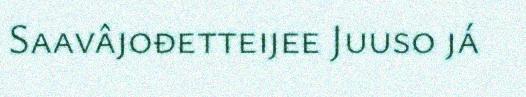
Saavâjođetteijee Juuso já